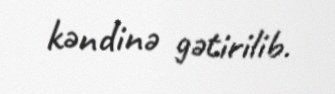
kəndinə gətirilib.